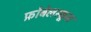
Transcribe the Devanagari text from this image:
फ्रोबेलस्कूल